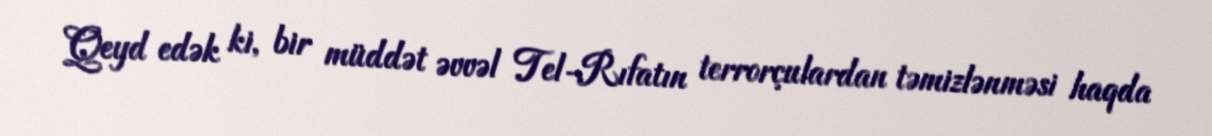
Qeyd edək ki, bir müddət əvvəl Tel-Rıfatın terrorçulardan təmizlənməsi haqda